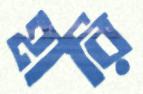
হারি